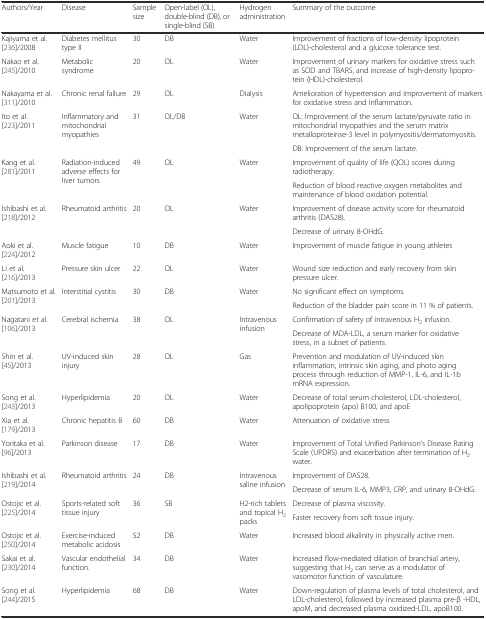
<table><thead><tr><td><b>Authors/Year</b></td><td><b>Disease</b></td><td><b>Sample size</b></td><td><b>Open-label (OL), double-blind (DB), or single-blind (SB)</b></td><td><b>Hydrogen administration</b></td><td><b>Summary of the outcome</b></td></tr></thead><tbody><tr><td>Kajiyama et al. [236]/2008</td><td>Diabetes mellitus type II</td><td>30</td><td>DB</td><td>Water</td><td>Improvement of fractions of low-density lipoprotein (LDL)-cholesterol and a glucose tolerance test.</td></tr><tr><td>Nakao et al. [245]/2010</td><td>Metabolic syndrome</td><td>20</td><td>OL</td><td>Water</td><td>Improvement of urinary markers for oxidative stress such as SOD and TBARS, and increase of high-density lipoprotein (HDL)-cholesterol.</td></tr><tr><td>Nakayama et al. [311]/2010</td><td>Chronic renal failure</td><td>29</td><td>OL</td><td>Dialysis</td><td>Amelioration of hypertension and improvement of markers for oxidative stress and inflammation.</td></tr><tr><td rowspan="2">Ito et al. [223]/2011</td><td rowspan="2">Inflammatory and mitochondrial myopathies</td><td rowspan="2">31</td><td rowspan="2">OL/DB</td><td rowspan="2">Water</td><td>OL: Improvement of the serum lactate/pyruvate ratio in mitochondrial myopathies and the serum matrix metalloproteinse-3 level in polymyositis/dermatomyositis.</td></tr><tr><td>DB: Improvement of the serum lactate.</td></tr><tr><td rowspan="2">Kang et al. [281]/2011</td><td rowspan="2">Radiation-induced adverse effects for liver tumors</td><td rowspan="2">49</td><td rowspan="2">OL</td><td rowspan="2">Water</td><td>Improvement of quality of life (QOL) scores during radiotherapy.</td></tr><tr><td>Reduction of blood reactive oxygen metabolites and maintenance of blood oxidation potential.</td></tr><tr><td rowspan="2">Ishibashi et al. [218]/2012</td><td rowspan="2">Rheumatoid arthritis</td><td rowspan="2">20</td><td rowspan="2">OL</td><td rowspan="2">Water</td><td>Improvement of disease activity score for rheumatoid arthritis (DAS28).</td></tr><tr><td>Decrease of urinary 8-OHdG.</td></tr><tr><td>Aoki et al. [224]/2012</td><td>Muscle fatigue</td><td>10</td><td>DB</td><td>Water</td><td>Improvement of muscle fatigue in young athletes</td></tr><tr><td>Li et al. [216]/2013</td><td>Pressure skin ulcer</td><td>22</td><td>OL</td><td>Water</td><td>Wound size reduction and early recovery from skin pressure ulcer.</td></tr><tr><td rowspan="2">Matsumoto et al. [201]/2013</td><td rowspan="2">Interstitial cystitis</td><td rowspan="2">30</td><td rowspan="2">DB</td><td rowspan="2">Water</td><td>No significant effect on symptoms.</td></tr><tr><td>Reduction of the bladder pain score in 11 % of patients.</td></tr><tr><td rowspan="2">Nagatani et al. [106]/2013</td><td rowspan="2">Cerebral ischemia</td><td rowspan="2">38</td><td rowspan="2">OL</td><td rowspan="2">Intravenous infusion</td><td>Confirmation of safety of intravenous H<sub>2</sub> infusion.</td></tr><tr><td>Decrease of MDA-LDL, a serum marker for oxidative stress, in a subset of patients.</td></tr><tr><td>Shin et al. [45]/2013</td><td>UV-induced skin injury</td><td>28</td><td>OL</td><td>Gas</td><td>Prevention and modulation of UV-induced skin inflammation, intrinsic skin aging, and photo aging process through reduction of MMP-1, IL-6, and IL-1b mRNA expression.</td></tr><tr><td>Song et al. [243]/2013</td><td>Hyperlipidemia</td><td>20</td><td>OL</td><td>Water</td><td>Decrease of total serum cholesterol, LDL-cholesterol, apolipoprotein (apo) B100, and apoE</td></tr><tr><td>Xia et al. [179]/2013</td><td>Chronic hepatitis B</td><td>60</td><td>DB</td><td>Water</td><td>Attenuation of oxidative stress</td></tr><tr><td>Yoritaka et al. [96]/2013</td><td>Parkinson disease</td><td>17</td><td>DB</td><td>Water</td><td>Improvement of Total Unified Parkinson’s Disease Rating Scale (UPDRS) and exacerbation after termination of H<sub>2</sub> water.</td></tr><tr><td rowspan="2">Ishibashi et al. [219]/2014</td><td rowspan="2">Rheumatoid arthritis</td><td rowspan="2">24</td><td rowspan="2">DB</td><td rowspan="2">Intravenous saline infusion</td><td>Improvement of DAS28.</td></tr><tr><td>Decrease of serum IL-6, MMP3, CRP, and urinary 8-OHdG.</td></tr><tr><td rowspan="2">Ostojic et al. [225]/2014</td><td rowspan="2">Sports-related soft tissue injury</td><td rowspan="2">36</td><td rowspan="2">SB</td><td rowspan="2">H2-rich tablets and topical H<sub>2</sub> packs</td><td>Decrease of plasma viscosity.</td></tr><tr><td>Faster recovery from soft tissue injury.</td></tr><tr><td>Ostojic et al. [250]/2014</td><td>Exercise-induced metabolic acidosis</td><td>52</td><td>DB</td><td>Water</td><td>Increased blood alkalinity in physically active men.</td></tr><tr><td>Sakai et al. [230]/2014</td><td>Vascular endothelial function.</td><td>34</td><td>DB</td><td>Water</td><td>Increased flow-mediated dilation of branchial artery, suggesting that H<sub>2</sub> can serve as a modulator of vasomotor function of vasculature.</td></tr><tr><td>Song et al. [244]/2015</td><td>Hyperlipidemia</td><td>68</td><td>DB</td><td>Water</td><td>Down-regulation of plasma levels of total cholesterol, and LDL-cholesterol, followed by increased plasma pre-β -HDL, apoM, and decreased plasma oxidized-LDL, apoB100.</td></tr></tbody></table>